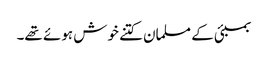
بمبئی کے مسلمان کتنے خوش ہوئے تھے۔